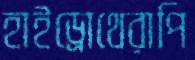
হাইড্রোথেরাপি